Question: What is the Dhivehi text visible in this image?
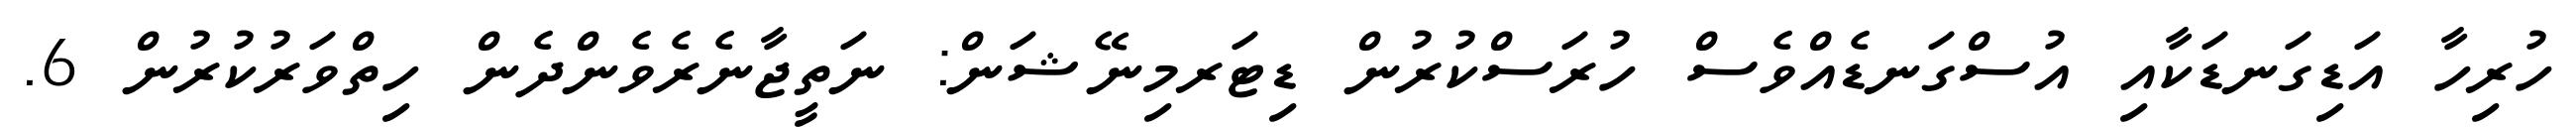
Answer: ހުރިހާ އަޑިގަނޑަކާއި އުސްގަނޑެއްވެސް ހުރަސްކުރުން ޑިޓަރމިނޭޝަން: ނަތީޖާނެރެވެންދެން ހިތްވަރުކުރުން 6.